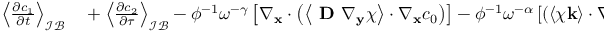
\begin{array} { r l } { \left\langle \frac { \partial c _ { 1 } } { \partial t } \right\rangle _ { \mathcal { I B } } } & { { } + \left\langle \frac { \partial c _ { 2 } } { \partial \tau } \right\rangle _ { \mathcal { I B } } - \phi ^ { - 1 } \omega ^ { - \gamma } \left[ \nabla _ { \mathbf { x } } \cdot \left( \left\langle \textbf { D } \nabla _ { \mathbf y } \boldsymbol \chi \right\rangle \cdot \nabla _ { \mathbf x } c _ { 0 } \right) \right] - \phi ^ { - 1 } \omega ^ { - \alpha } \left[ \left( \left\langle \boldsymbol \chi \mathbf k \right\rangle \cdot \nabla _ { \mathbf x } P _ { 0 } \right) \cdot \nabla _ { \mathbf x } \right] \cdot \nabla _ { \mathbf x } c _ { 0 } } \end{array}